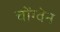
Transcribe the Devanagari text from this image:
चोंग्वेन